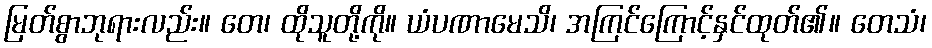
မြတ်စွာဘုရားလည်း။ တေ၊ ထိုသူတို့ကို။ ယံပဏာမေသိ၊ အကြင်ကြောင့်နှင်ထုတ်၏။ တေသံ၊